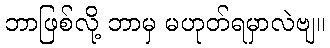
ဘာဖြစ်လို့ ဘာမှ မဟုတ်ရမှာလဲဗျ။